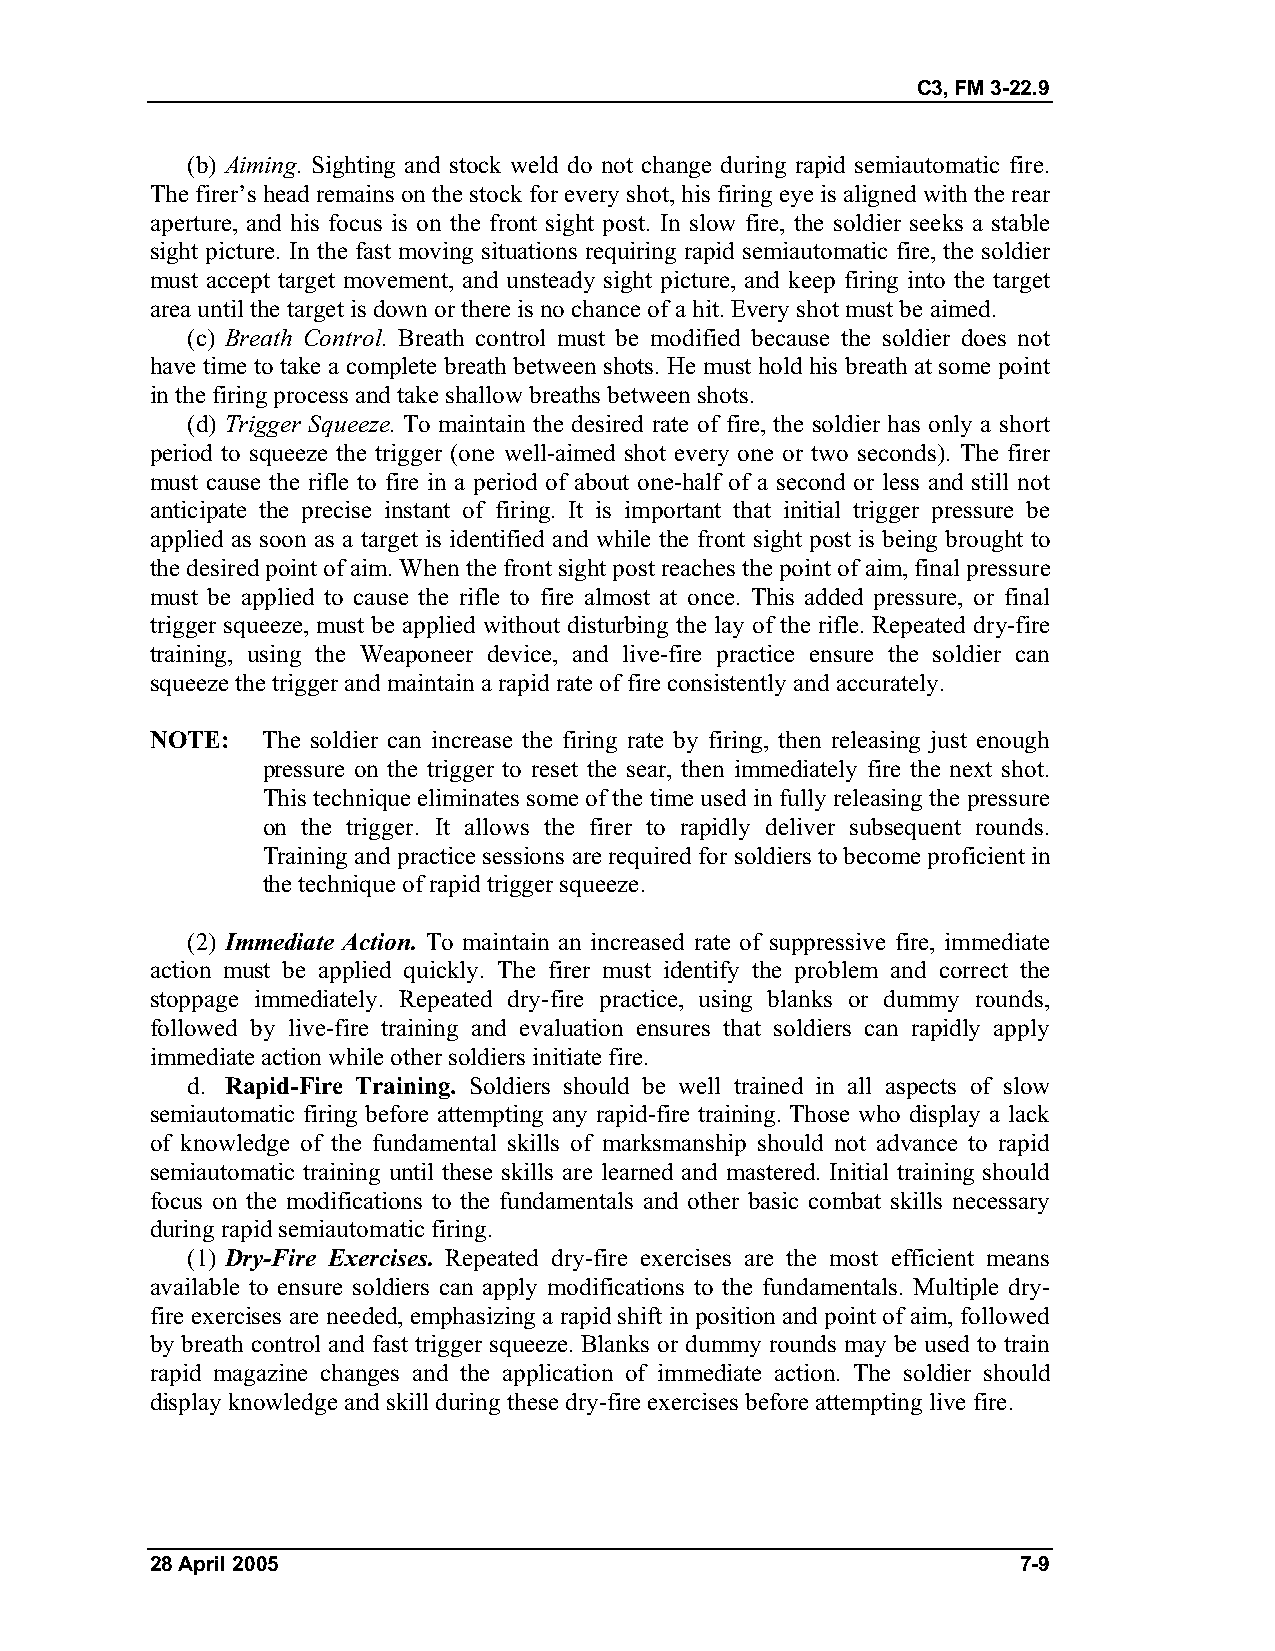
C3, FM 3-22.9
 (b) Aiming. Sighting and stock weld do not change during rapid semiautomatic fire.
 The firer’s head remains on the stock for every shot, his firing eye is aligned with the rear
 aperture, and his focus is on the front sight post. In slow fire, the soldier seeks a stable
 sight picture. In the fast moving situations requiring rapid semiautomatic fire, the soldier
 must accept target movement, and unsteady sight picture, and keep firing into the target
 area until the target is down or there is no chance of a hit. Every shot must be aimed.
 (c) Breath Control. Breath control must be modified because the soldier does not
 have time to take a complete breath between shots. He must hold his breath at some point
 in the firing process and take shallow breaths between shots.
 (d) Trigger Squeeze. To maintain the desired rate of fire, the soldier has only a short
 period to squeeze the trigger (one well-aimed shot every one or two seconds). The firer
 must cause the rifle to fire in a period of about one-half of a second or less and still not
 anticipate the precise instant of firing. It is important that initial trigger pressure be
 applied as soon as a target is identified and while the front sight post is being brought to
 the desired point of aim. When the front sight post reaches the point of aim, final pressure
 must be applied to cause the rifle to fire almost at once. This added pressure, or final
 trigger squeeze, must be applied without disturbing the lay of the rifle. Repeated dry-fire
 training, using the Weaponeer device, and live-fire practice ensure the soldier can
 squeeze the trigger and maintain a rapid rate of fire consistently and accurately.
 NOTE:  The soldier can increase the firing rate by firing, then releasing just enough
 pressure on the trigger to reset the sear, then immediately fire the next shot.
 This technique eliminates some of the time used in fully releasing the pressure
 on the trigger. It allows the firer to rapidly deliver subsequent rounds.
 Training and practice sessions are required for soldiers to become proficient in
 the technique of rapid trigger squeeze.
 (2) Immediate Action. To maintain an increased rate of suppressive fire, immediate
 action must be applied quickly. The firer must identify the problem and correct the
 stoppage immediately. Repeated dry-fire practice, using blanks or dummy rounds,
 followed by live-fire training and evaluation ensures that soldiers can rapidly apply
 immediate action while other soldiers initiate fire.
 d. Rapid-Fire Training. Soldiers should be well trained in all aspects of slow
 semiautomatic firing before attempting any rapid-fire training. Those who display a lack
 of knowledge of the fundamental skills of marksmanship should not advance to rapid
 semiautomatic training until these skills are learned and mastered. Initial training should
 focus on the modifications to the fundamentals and other basic combat skills necessary
 during rapid semiautomatic firing.
 (1) Dry-Fire Exercises. Repeated dry-fire exercises are the most efficient means
 available to ensure soldiers can apply modifications to the fundamentals. Multiple dry-
 fire exercises are needed, emphasizing a rapid shift in position and point of aim, followed
 by breath control and fast trigger squeeze. Blanks or dummy rounds may be used to train
 rapid magazine changes and the application of immediate action. The soldier should
 display knowledge and skill during these dry-fire exercises before attempting live fire.
 28 April 2005                                             7-9